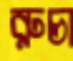
রুচা